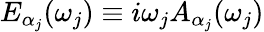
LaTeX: E_{\alpha_{j}}(\omega_{j})\equiv i\omega_{j}A_{\alpha_{j}}(\omega_{j})